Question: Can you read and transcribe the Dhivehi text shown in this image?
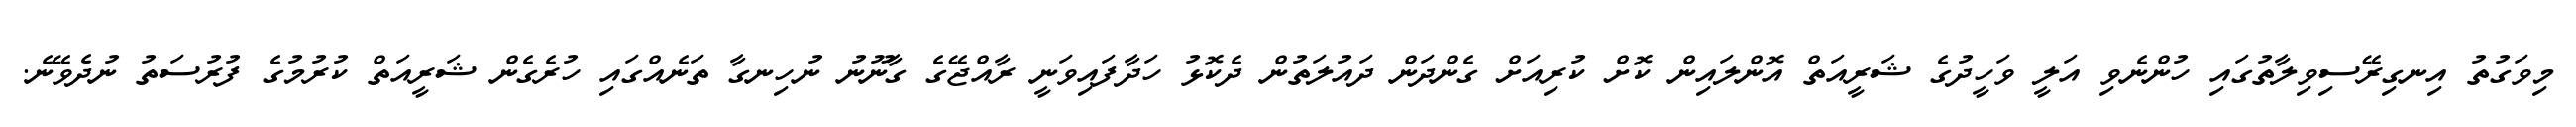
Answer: މިވަގުތު އިނގިރޭސިވިލާތުގައި ހުންނެވި އަލީ ވަހީދުގެ ޝަރީއަތް އޮންލައިން ކޮށް ކުރިއަށް ގެންދަން ދައުލަތުން ދެކޮޅު ހަދާފައިވަނީ ރާއްޖޭގެ ގާނޫނު ނުހިނގާ ތަނެއްގައި ހުރެގެން ޝަރީއަތް ކުރުމުގެ ފުރުސަތު ނުދެވޭނެ.